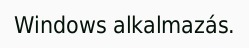
Windows alkalmazás.